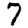
Digit: 7